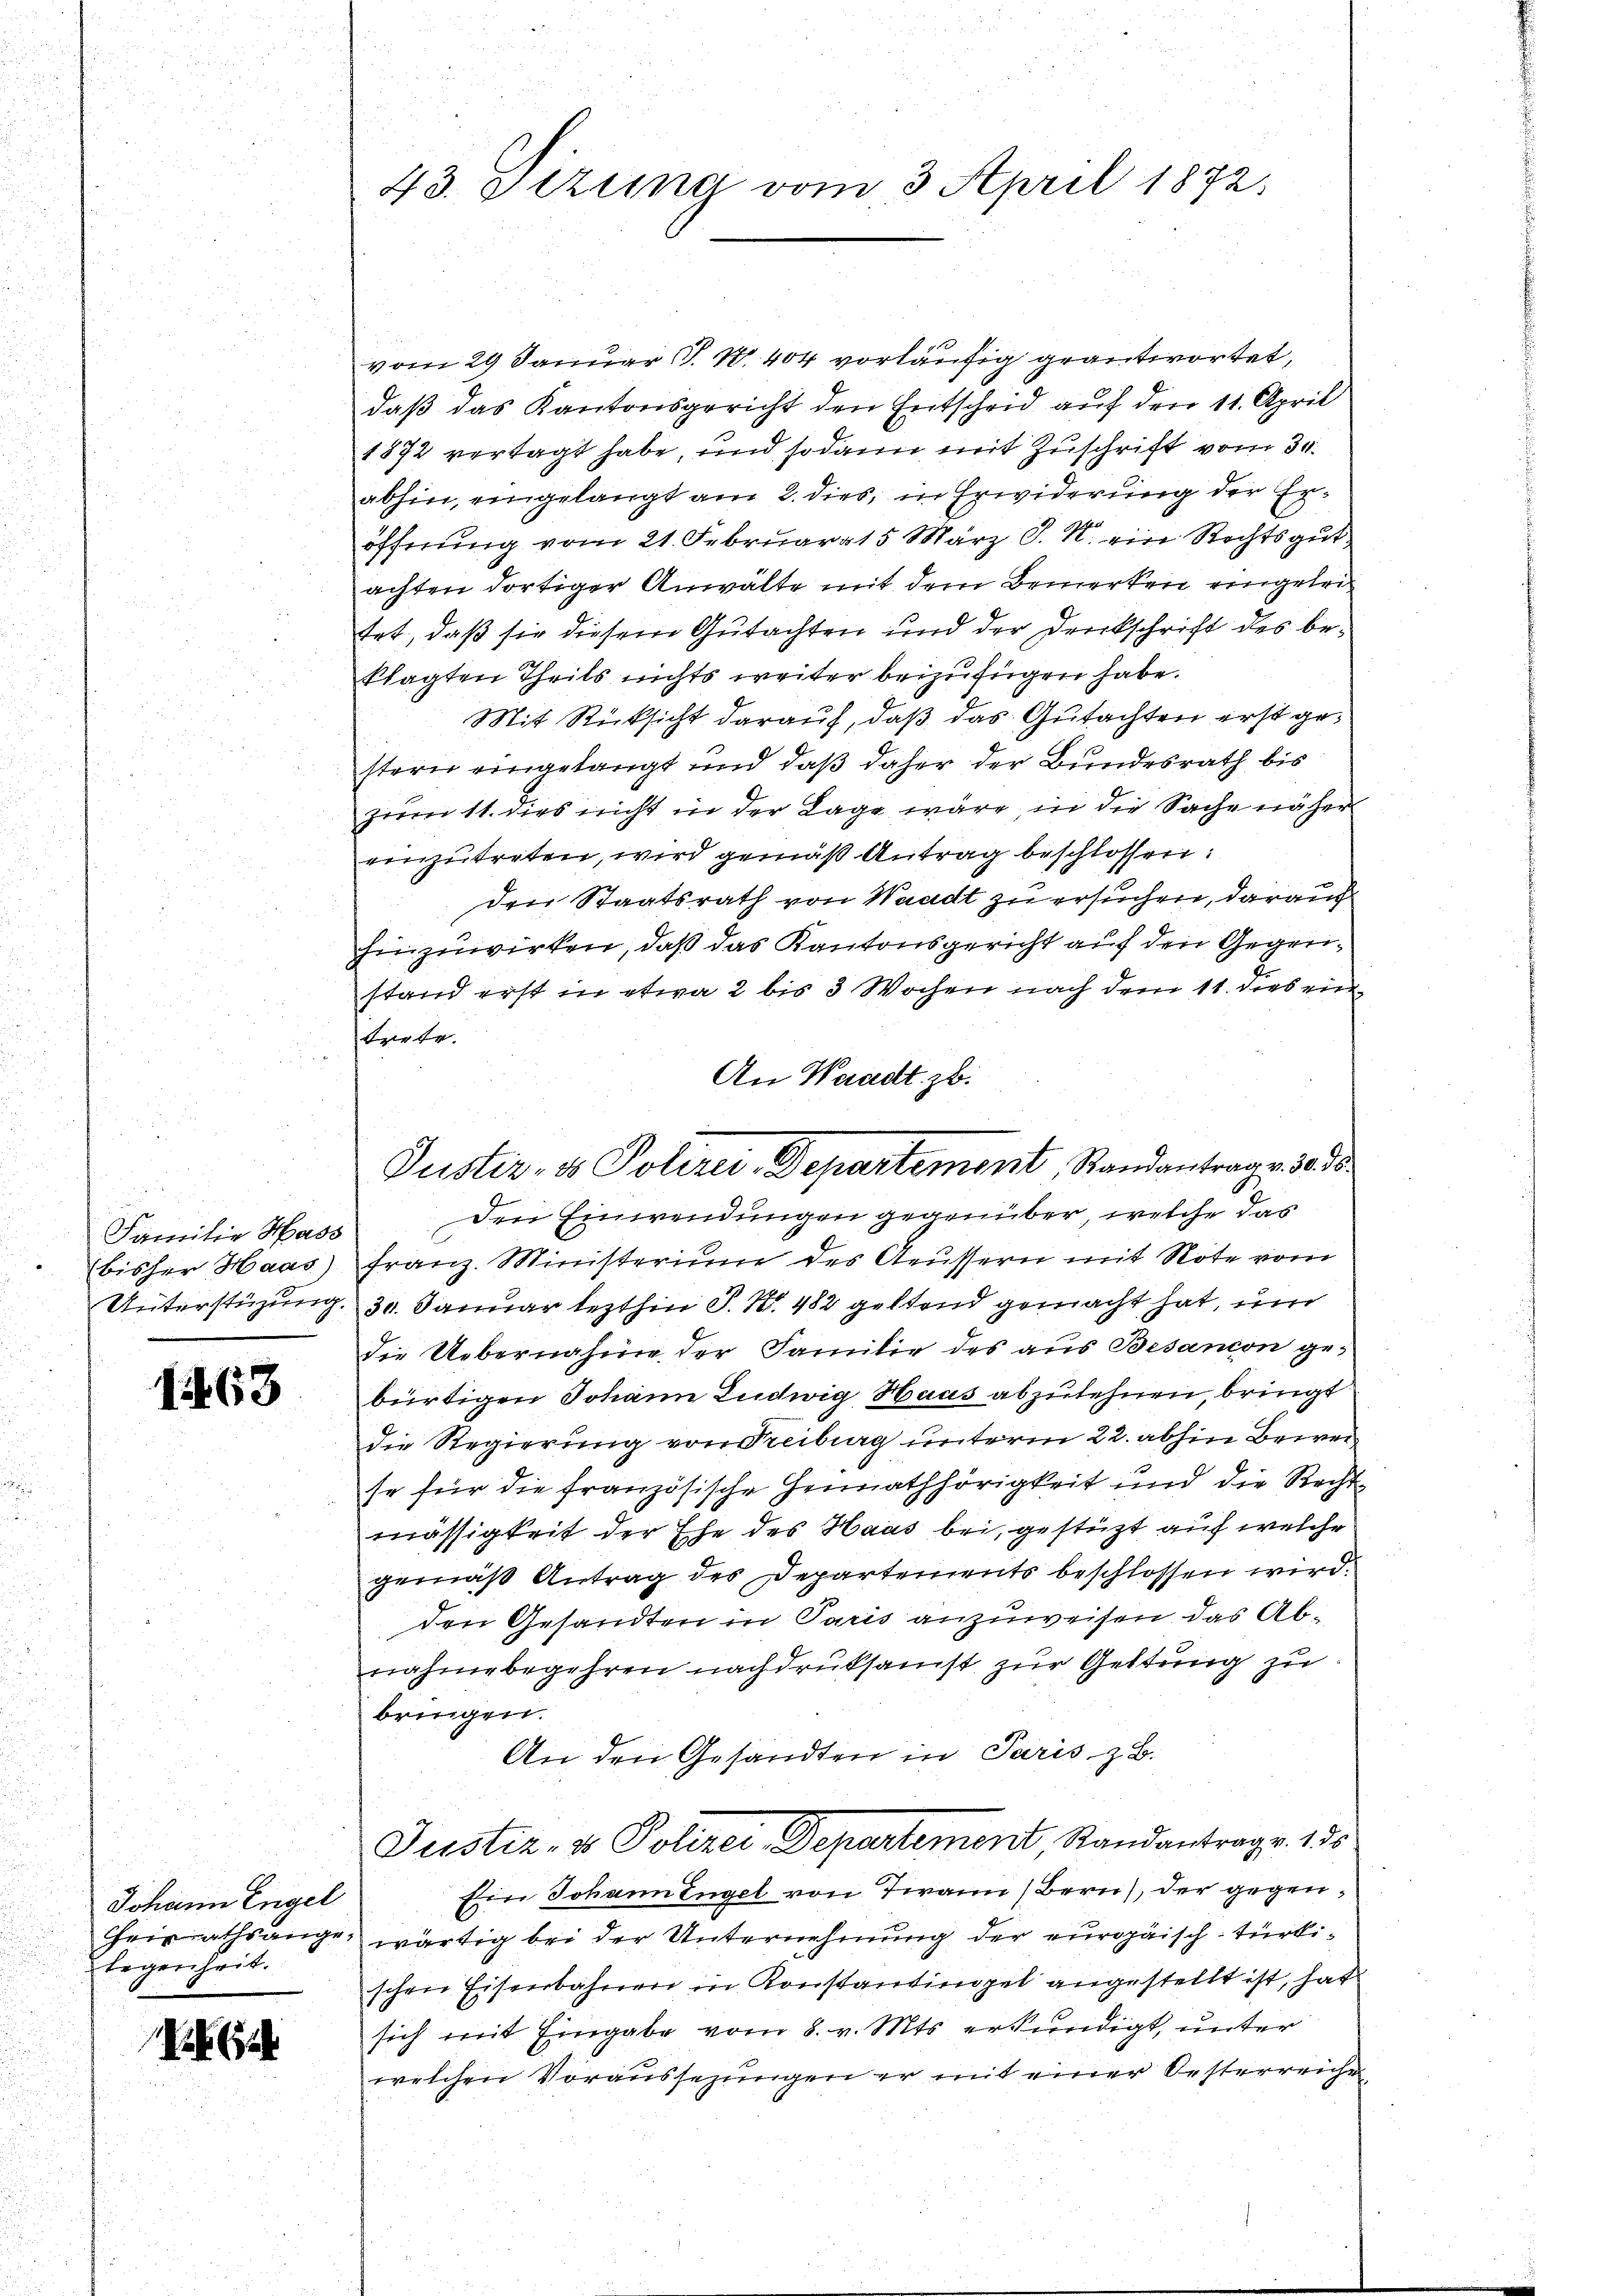
Familie Hass
bisher Haas)
Unterstüzung.

1468

Johann Engel
legenheit.

43. Sitzung vom 3. April 1872.

vom 29 Januar P. N. 404 vorläufig geantwortet,
daß das Kantonsgericht den Entscheid auf den 11. April
1872 vertagt habe, und sodann mit Zuschrift vom 30.
abhin, eingelangt am 2. dies, in Erwiderung der Eröffnung vom 21. Februar 15 März d. M. ein Rechtsgut
achten dortiger Anwälte mit dem Bemerken eingeleitet, daß sie diesem Gutachten und der Druckschrift des beklagten Theils nichts weiter beizufügen habe.
Mit Rücksicht darauf, daß das Gutachten erst gestern eingelangt und daß daher der Bundesrath bis
zum 11. dies nicht in der Lage wäre, in die Sache näher
einzutreten, wird gemäß Antrag beschlossen:
den Staatsrath von Waadt zu ersuchen, darauf
hinzuwirken, daß das Kantonsgericht auf den Gegenstand erst in etwa 2 bis 3 Wochen nach dem 11. dies ein
trete.
den Einwendungen gegenüber, welche das
Franz. Ministerium des Aeussern mit Note vom
30. Januar lezthin P. Nr. 482 geltend gemacht hat, un
die Uebernahme der Familie des aus Besandon gebürtigen Johann Ludwig Haas abzulehnen, bringt
die Regierung von Freiburg unterm 22. abhin Beweise für die französische Hennathhörigkeit und die Rechtmässigkeit der Ehe des Haus bei, gestützt auf welche
gemäß Antrag des Departements beschlossen wird.
den Gesandten in Paris anzuweisen das Abnahme begehren nachdruksamst zur Geltung zu
bringen.
An den Gesandten in Paris, z. B.
Justiz- & Polizei, Departement, Standantrage. 135
Ein Johann Engel von Twann, Bern, der gegen
Heirathsange, wärtig bei der Unternehmung der europäisch-türkischen Eisenbahnen in Konstantingel angestellt ist, hat
sich mit Eingabe vom 8. v. Mts. erkundigt, unter
welchen Voraussezungen er mit einer Oesterreiche

An Waadt zu.
Justiz- & Polizei-Departement, Standantrage de